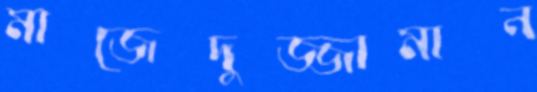
মাজেদুজ্জামান